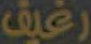
رغيف